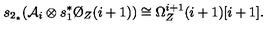
s _ { 2 _ { * } } ( { \cal A } _ { i } \otimes s _ { 1 } ^ { * } \O _ { Z } ( i + 1 ) ) \cong \Omega _ { Z } ^ { i + 1 } ( i + 1 ) [ i + 1 ] .